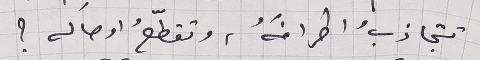
تتجاذبُ اطرافَهٌ، وتقطّعُ اوصاله ؟